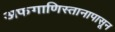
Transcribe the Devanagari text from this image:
अफगाणिस्तानापासून